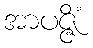
အာပဇ္ဇိံ